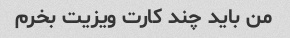
من باید چند کارت ویزیت بخرم